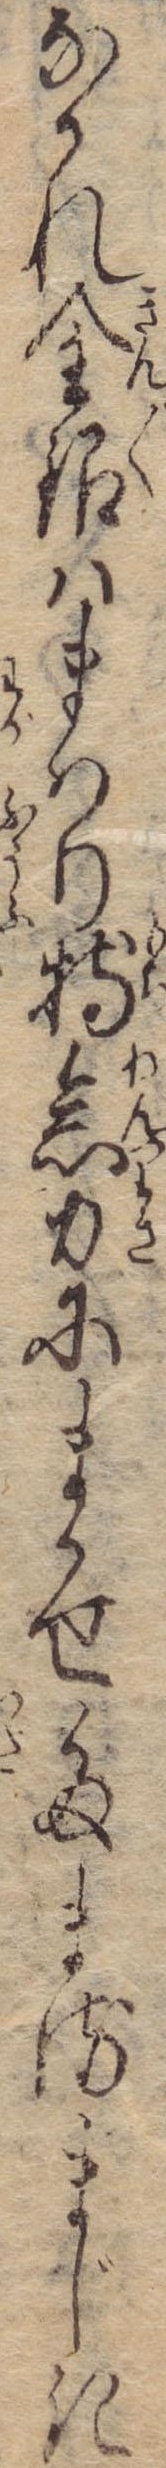
なかれ金銀はまはり持念力にまかせたまるまじき